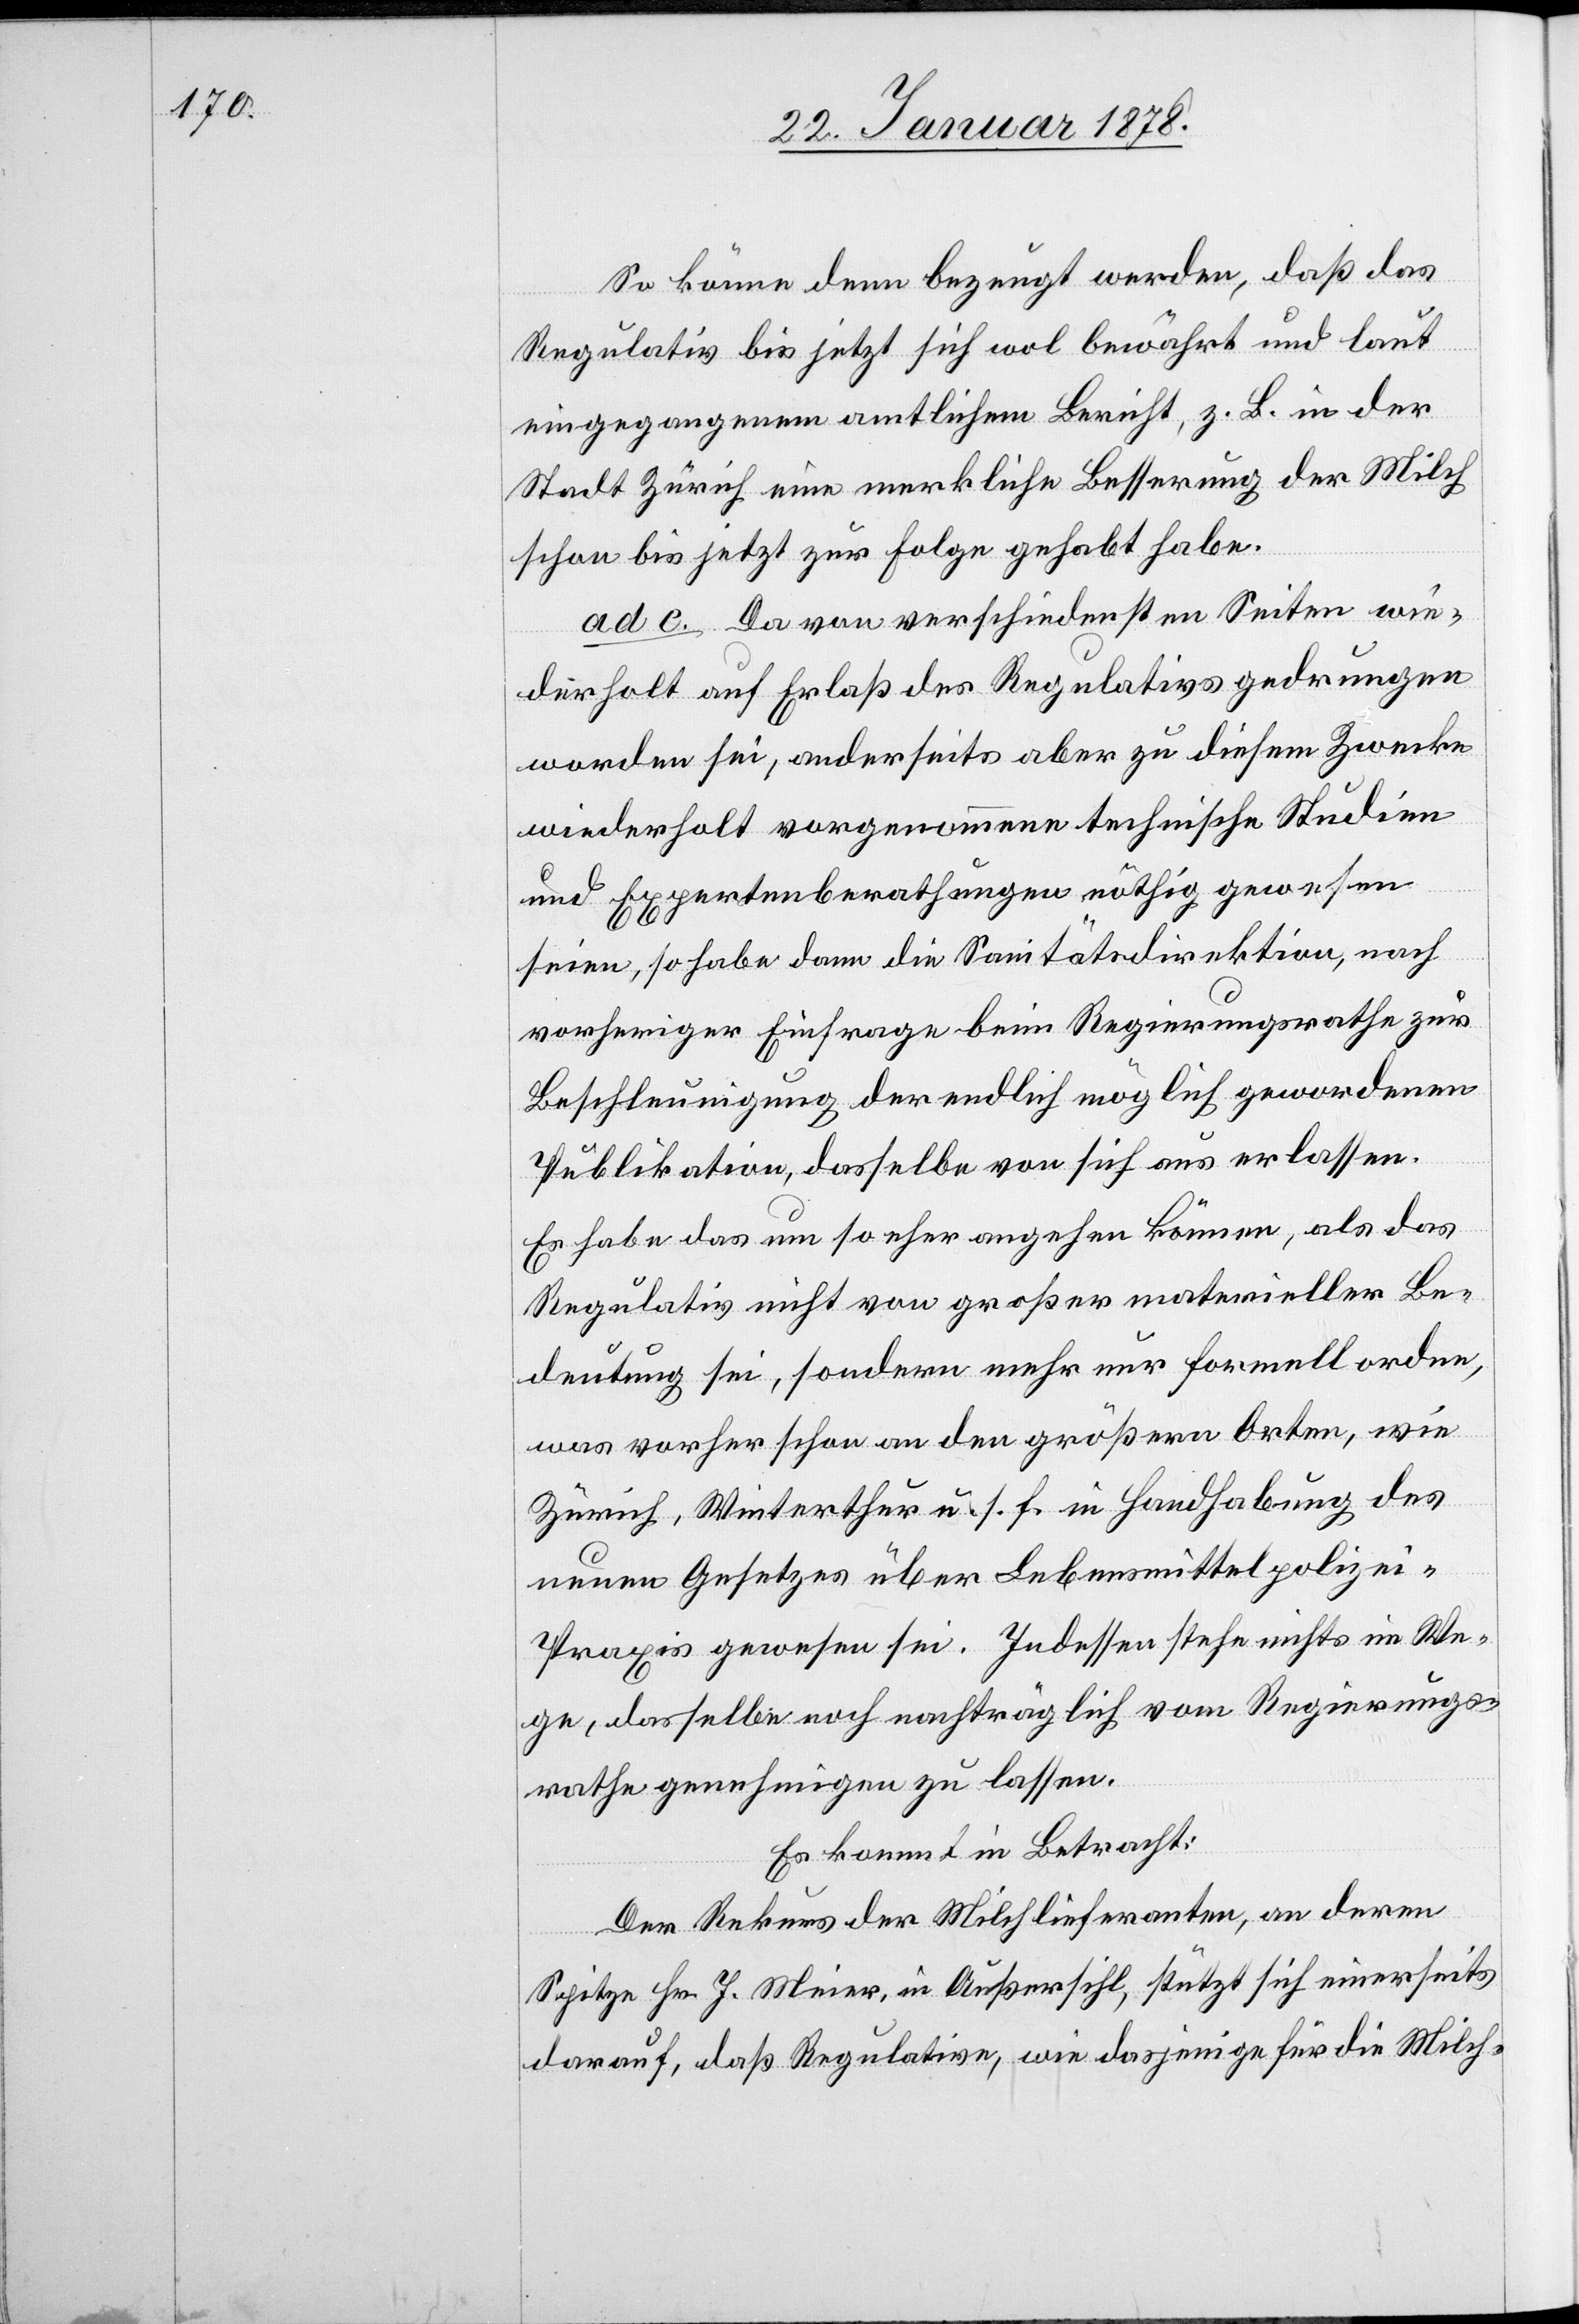
So könne denn bezeugt werden, daß das
Regulativ bis jetzt sich wol bewährt und laut
eingegangenem amtlichen Bericht, z. B. in der
Stadt Zürich eine merkliche Besserung der Milch
schon bis jetzt zur Folge gehabt habe.
ad c. Da von verschiedensten Seiten wie¬
derholt auf Erlaß des Regulativs gedrungen
worden sei, anderseits aber zu diesem Zwecke
wiederholt vorgenommene technische Studien
und Expertenberathungen nöthig gewesen
seien, so habe dann die Sanitätsdirektion, nach
vorheriger Einfrage beim Regierungsrathe zur
Beschleunigung der endlich möglich gewordenen
Publikation, dasselbe von sich aus erlassen.
Es habe das um so eher angehen können, als das
Regulativ nicht von großer materieller Be¬
deutung sei, sondern mehr nur formell ordne,
was vorher schon an den größern Orten, wie
Zürich, Winterthur u. s. f. in Handhabung des
neuen Gesetzes über Lebensmittelpolizei
Praxis gewesen sei. Indessen stehe nichts im We¬
ge, dasselbe noch nachträglich vom Regierungs¬
rathe genehmigen zu lassen.
Es kommt in Betracht:
Der Rekurs der Milchlieferanten, an deren
Spitze Hr. J. Meier, in Außersihl, stützt sich einerseits
darauf, daß Regulative, wie dasjenige für die Milch-